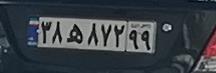
۳۸ه۱۸۴۹۹